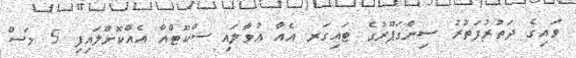
ވައިގެ ދަތުރުފަތުރު ސިންގަޕޫރުގެ ޓައިގަރ އެއާ އުވާލައި ސްކޫޓްއާ އެއްކޮށްލައިފި 5 މަސް